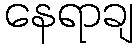
နေရာချ